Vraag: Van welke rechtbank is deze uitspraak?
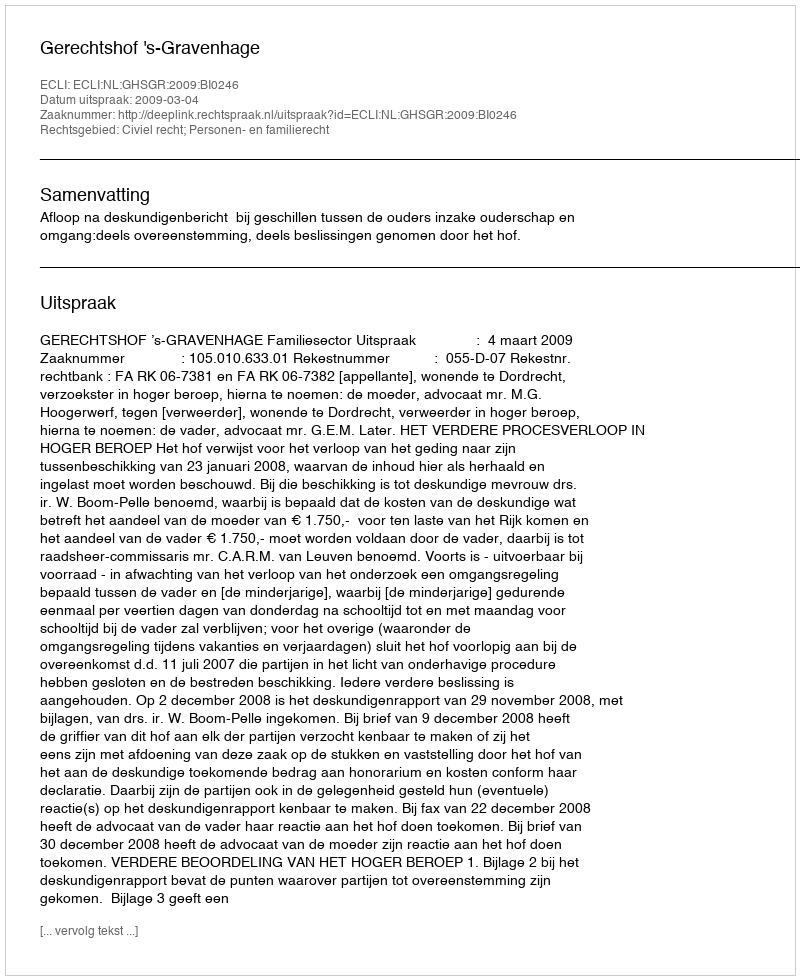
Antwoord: Gerechtshof 's-Gravenhage